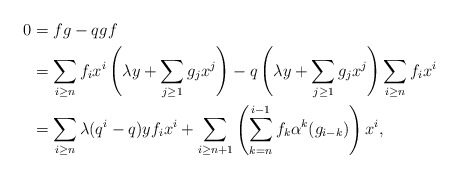
\begin{align*} 0&= fg-qgf \\ &=\sum_{i \geq n}f_i x^i \left(\lambda y + \sum_{j \geq 1}g_j x^j\right) - q \left(\lambda y + \sum_{j \geq 1}g_j x^j\right)\sum_{i \geq n}f_i x^i \\&= \sum_{i \geq n} \lambda(q^i-q)yf_i x^i + \sum_{i \geq n+1} \left(\sum_{k=n}^{i-1} f_k \alpha^k(g_{i-k}) \right)x^i,\end{align*}